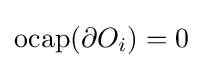
\operatorname {ocap} (\partial O_{i})=0